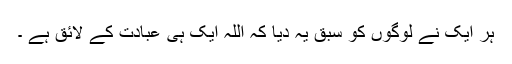
ہر ایک نے لوگوں کو سبق یہ دیا کہ اللہ ایک ہی عبادت کے لائق ہے ۔